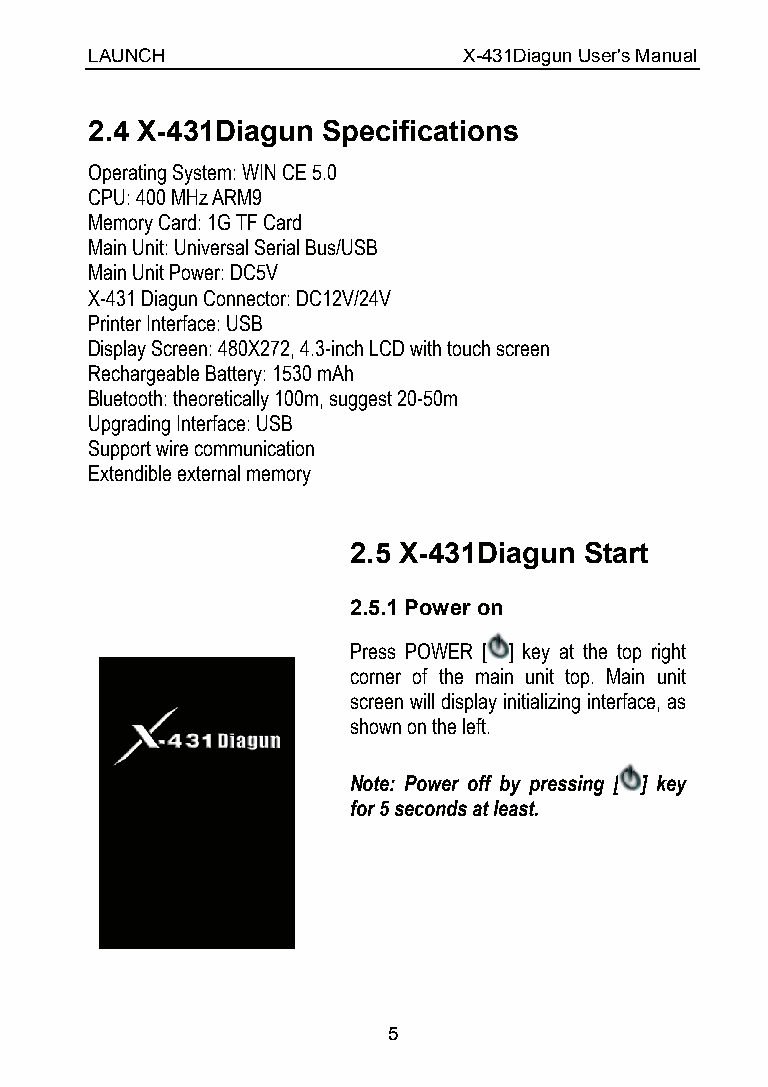
LAUNCH                   X-431Diagun User's Manual
 2.4 X-431Diagun Specifications
 Operating System: WIN CE 5.0
 CPU: 400 MHz ARM9
 Memory Card: 1G TF Card
 Main Unit: Universal Serial Bus/USB
 Main Unit Power: DC5V
 X-431 Diagun Connector: DC12V/24V
 Printer Interface: USB
 Display Screen: 480X272, 4.3-inch LCD with touch screen
 Rechargeable Battery: 1530 mAh
 Bluetooth: theoretically 100m, suggest 20-50m
 Upgrading Interface: USB
 Support wire communication
 Extendible external memory
 2.5 X-431Diagun Start
 2.5.1 Power on
 Press POWER [ ] key at the top right
 corner of the main unit top. Main unit
 screen will display initializing interface, as
 shown on the left.
 Note: Power off by pressing [ ] key
 for 5 seconds at least.
 5